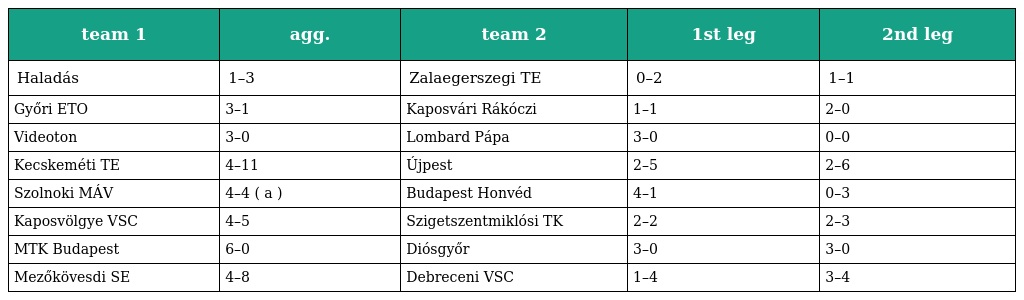
| team 1 | agg. | team 2 | 1st leg | 2nd leg |
 | --- | --- | --- | --- | --- |
 | Haladás | 1–3 | Zalaegerszegi TE | 0–2 | 1–1 |
 | Győri ETO | 3–1 | Kaposvári Rákóczi | 1–1 | 2–0 |
 | Videoton | 3–0 | Lombard Pápa | 3–0 | 0–0 |
 | Kecskeméti TE | 4–11 | Újpest | 2–5 | 2–6 |
 | Szolnoki MÁV | 4–4 ( a ) | Budapest Honvéd | 4–1 | 0–3 |
 | Kaposvölgye VSC | 4–5 | Szigetszentmiklósi TK | 2–2 | 2–3 |
 | MTK Budapest | 6–0 | Diósgyőr | 3–0 | 3–0 |
 | Mezőkövesdi SE | 4–8 | Debreceni VSC | 1–4 | 3–4 |